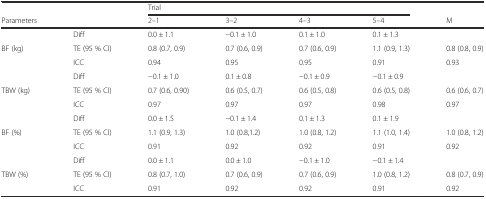
<table><thead><tr><td></td><td></td><td colspan="4"><b>Trial</b></td><td></td></tr><tr><td><b>Parameters</b></td><td></td><td><b>2–1</b></td><td><b>3–2</b></td><td><b>4–3</b></td><td><b>5–4</b></td><td><b>M</b></td></tr></thead><tbody><tr><td></td><td>Diff</td><td>0.0 ± 1.1</td><td>−0.1 ± 1.0</td><td>0.1 ± 1.0</td><td>0.1 ± 1.3</td><td></td></tr><tr><td>BF (kg)</td><td>TE (95 % CI)</td><td>0.8 (0.7, 0.9)</td><td>0.7 (0.6, 0.9)</td><td>0.7 (0.6, 0.9)</td><td>1.1 (0.9, 1.3)</td><td>0.8 (0.8, 0.9)</td></tr><tr><td></td><td>ICC</td><td>0.94</td><td>0.95</td><td>0.95</td><td>0.91</td><td>0.93</td></tr><tr><td></td><td>Diff</td><td>−0.1 ± 1.0</td><td>0.1 ± 0.8</td><td>−0.1 ± 0.9</td><td>−0.1 ± 0.9</td><td></td></tr><tr><td>TBW (kg)</td><td>TE (95 % CI)</td><td>0.7 (0.6, 0.90)</td><td>0.6 (0.5, 0.7)</td><td>0.6 (0.5, 0.8)</td><td>0.6 (0.5, 0.8)</td><td>0.6 (0.6, 0.7)</td></tr><tr><td></td><td>ICC</td><td>0.97</td><td>0.97</td><td>0.97</td><td>0.98</td><td>0.97</td></tr><tr><td></td><td>Diff</td><td>0.0 ± 1.5</td><td>−0.1 ± 1.4</td><td>0.1 ± 1.3</td><td>0.1 ± 1.9</td><td></td></tr><tr><td>BF (%)</td><td>TE (95 % CI)</td><td>1.1 (0.9, 1.3)</td><td>1.0 (0.8,1.2)</td><td>1.0 (0.8, 1.2)</td><td>1.1 (1.0, 1.4)</td><td>1.0 (0.8, 1.2)</td></tr><tr><td></td><td>ICC</td><td>0.91</td><td>0.92</td><td>0.92</td><td>0.91</td><td>0.92</td></tr><tr><td></td><td>Diff</td><td>0.0 ± 1.1</td><td>0.0 ± 1.0</td><td>−0.1 ± 1.0</td><td>−0.1 ± 1.4</td><td></td></tr><tr><td>TBW (%)</td><td>TE (95 % CI)</td><td>0.8 (0.7, 1.0)</td><td>0.7 (0.6, 0.9)</td><td>0.7 (0.6, 0.9)</td><td>1.0 (0.8, 1.2)</td><td>0.8 (0.7, 0.9)</td></tr><tr><td></td><td>ICC</td><td>0.91</td><td>0.92</td><td>0.92</td><td>0.91</td><td>0.92</td></tr></tbody></table>